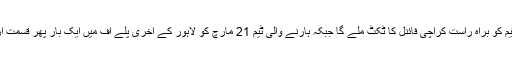
پہلی دو ٹیموں کے درمیان دبئی میں اتوار کو پہلا پلے آف ہوگا اور فاتح ٹیم کو براہ راست کراچی فائنل کا ٹکٹ ملے گا جبکہ ہارنے والی ٹیم 21 مارچ کو لاہور کے آخری پلے آف میں ایک بار پھر قسمت آزمائے گی جب کہ 2 بدقسمت ٹیمیں وطن واپسی کا سفر شروع کریں گی۔